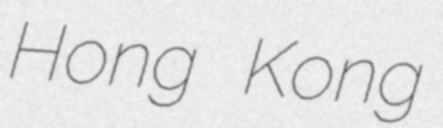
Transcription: Hong Kong